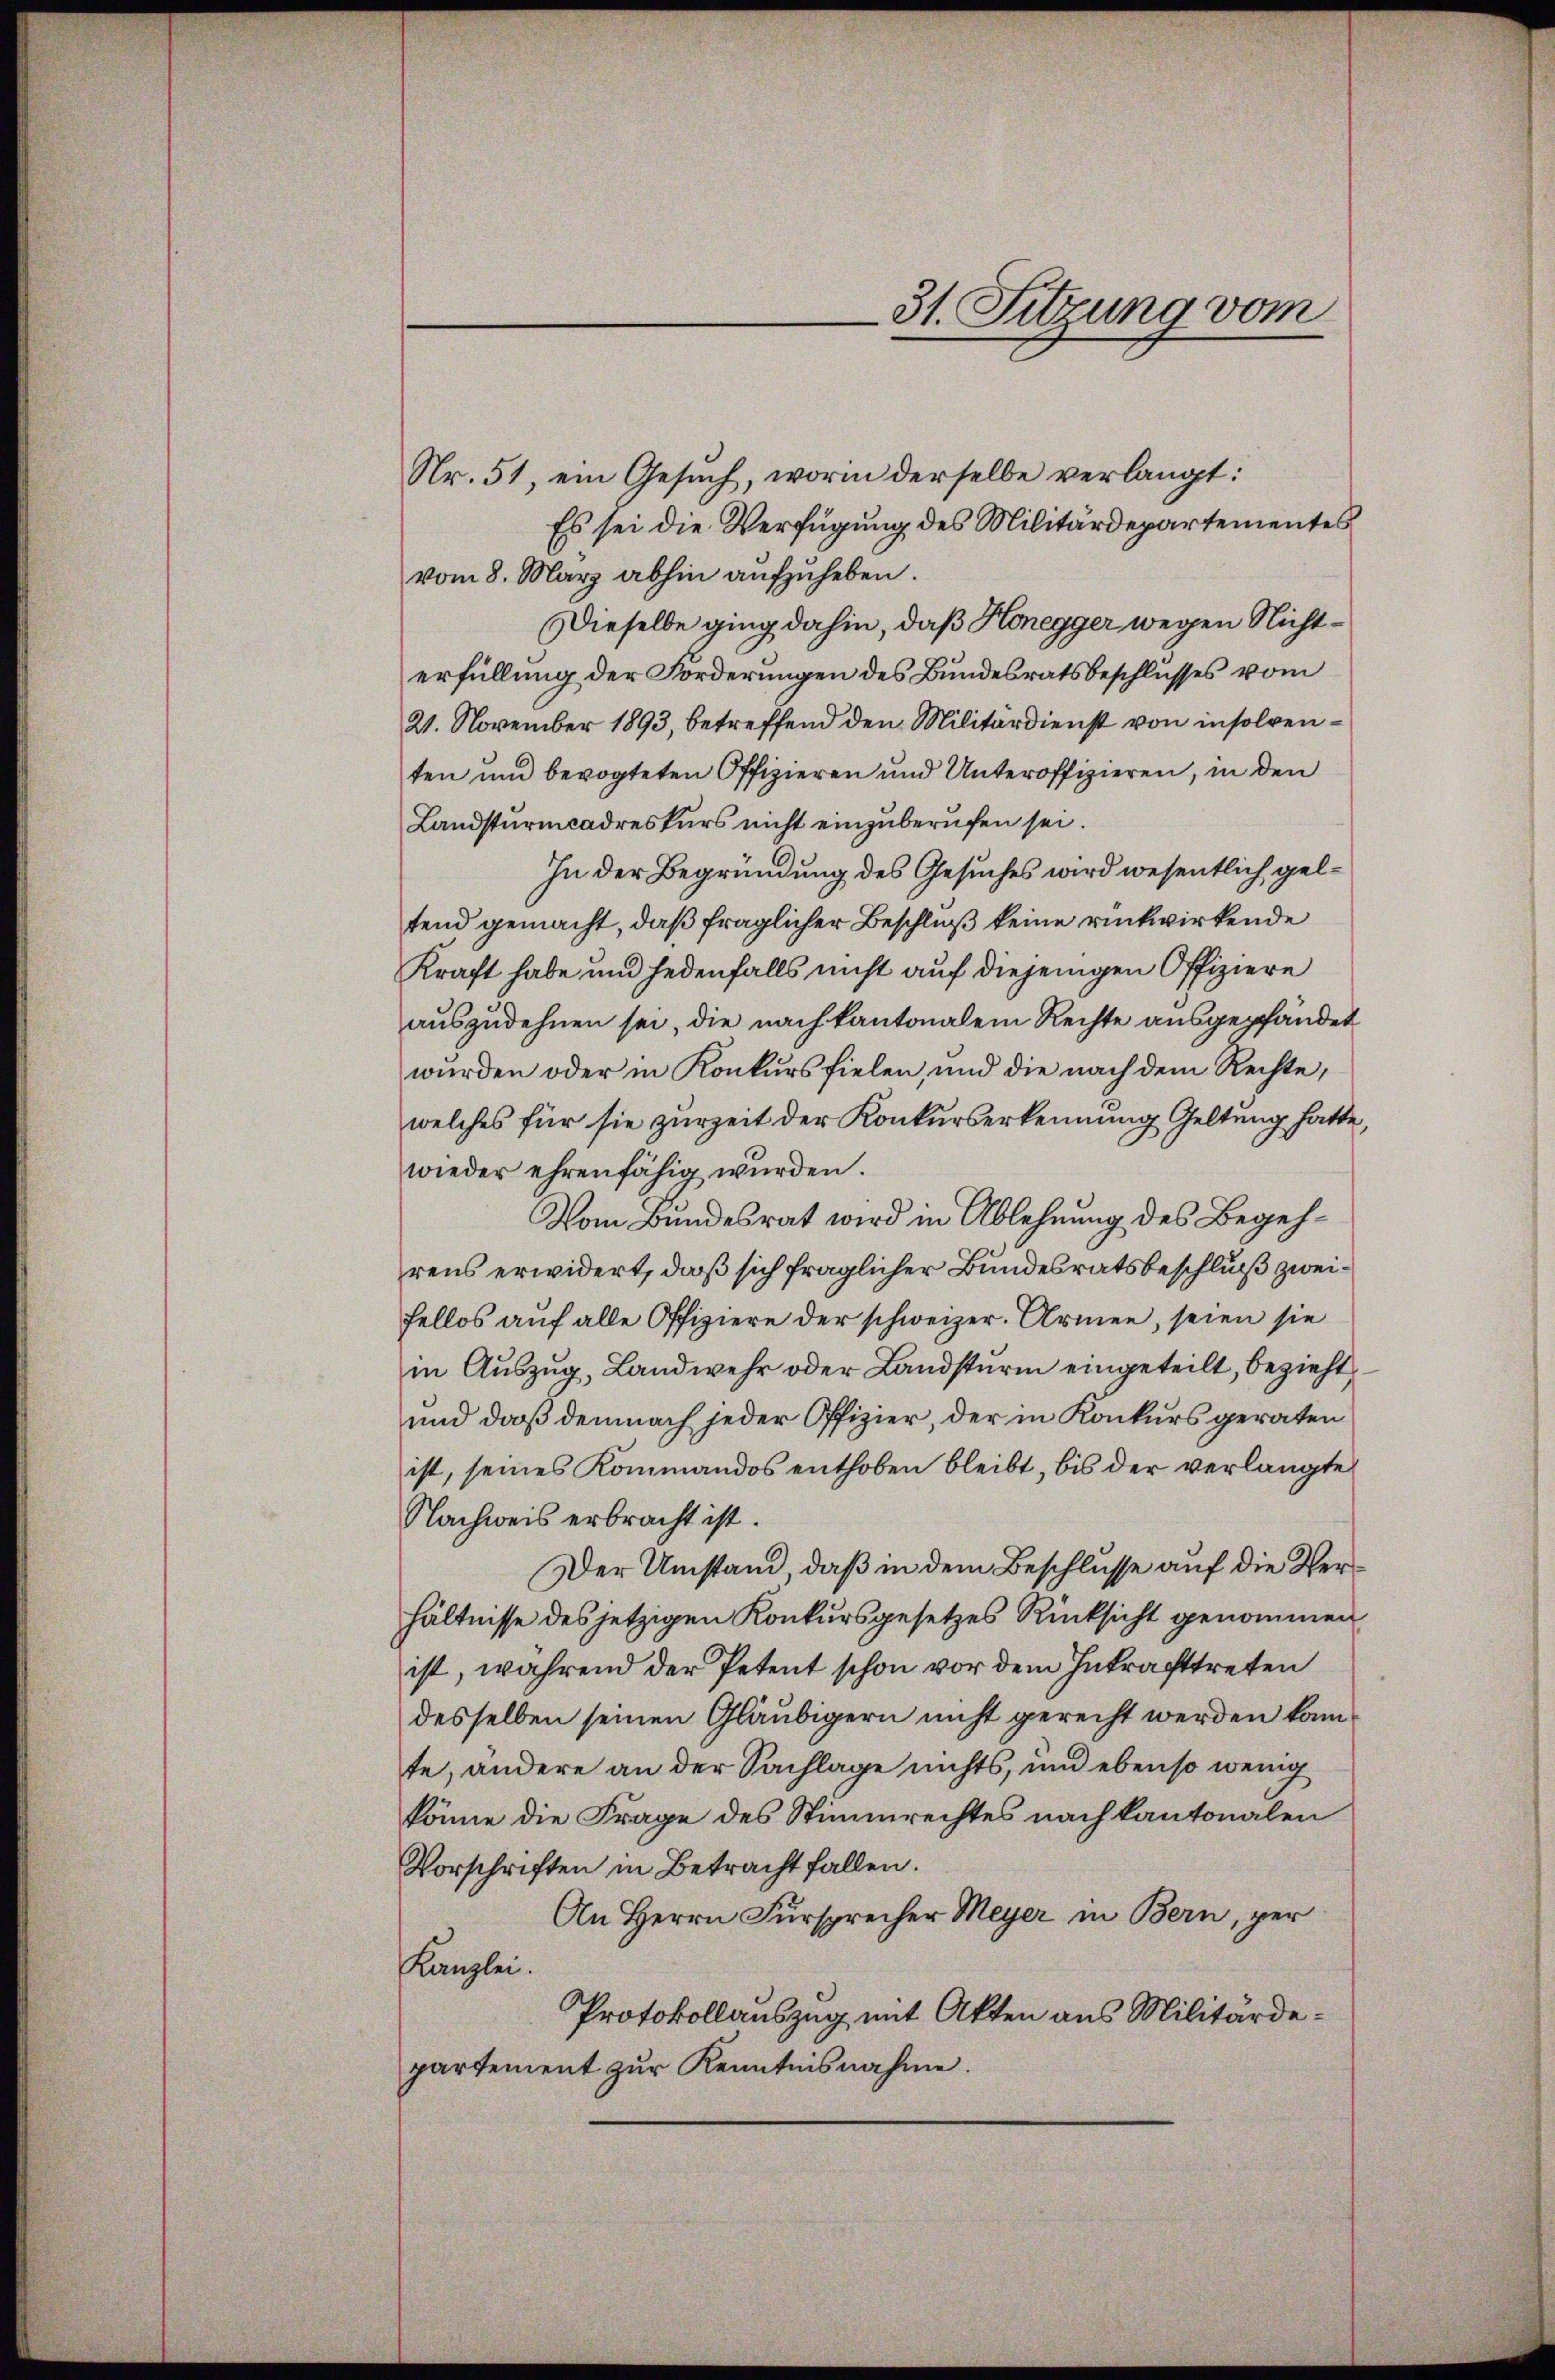
Nr. 51, ein Gesuch, worin derselbe verlangt:
Es sei die Verfügung des Militärdepartementes
vom 8. März abhin aufzuheben.
Dieselbe ging dahin, daß Honegger wegen Nichterfüllung der Forderungen des Bundesratsbeschlusses vom
21. November 1893, betreffend den Militärdienst von insolventen und bevogteten Offizieren und Unteroffizieren, in den
Landsturmcadreskurs nicht einzuberufen sei.
In der Begründung des Gesuches wird wesentlich geltend gemacht, daß fraglicher Beschluß keine rückwirkende
Kraft habe und jedenfalls nicht auf diejenigen Offiziere
auszudehnen sei, die nach kantonalein Rechte ausgepfändet
wurden oder in Konkurs fielen, und die nach dem Rechte,
welches für sie zurZeit der Konkurserkennung Geltung hatte,
wieder ehrenfähig würden.
Vom Bundesrat wird in Ablehnung des Begehrens erwidert, daß sich fraglicher Bundesratsbeschluß zweifellos auf alle Offiziere der schweizer. Armen, seien sie
in Auszug, Landwehr oder Landsturm eingeteilt, bezieht
und daß demnach jeder Offizier, der in Konkurs geraten
ist, seines Kommandos enthoben bleibt, bis der verlangte
Nachweis erbracht ist.
Der Umstand, daß in dem Beschlusse auf die Verhältnisse des jetzigen Konkursgesetzes Rücksicht genommen
ist, während der Petent schon vor dem Inkrafttreten
desselben seinen Gläubigern nicht gerecht werden kannte, ändere an der Sachlage nichts, und ebenso wenig
könne die Frage des Stimmrechtes nach kantonalen
Vorschriften in Betracht fallen.
An Herrn Fürsprecher Meyer in Bern, per
Kanzlei.
Protokollauszug mit Akten aus Militärdepartement zur Kenntnisnahme.

31. Sitzung vom